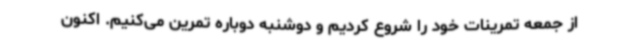
از جمعه تمرینات خود را شروع کردیم و دوشنبه دوباره تمرین می‌کنیم. اکنون